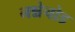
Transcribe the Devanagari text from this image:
नन्नेचोड